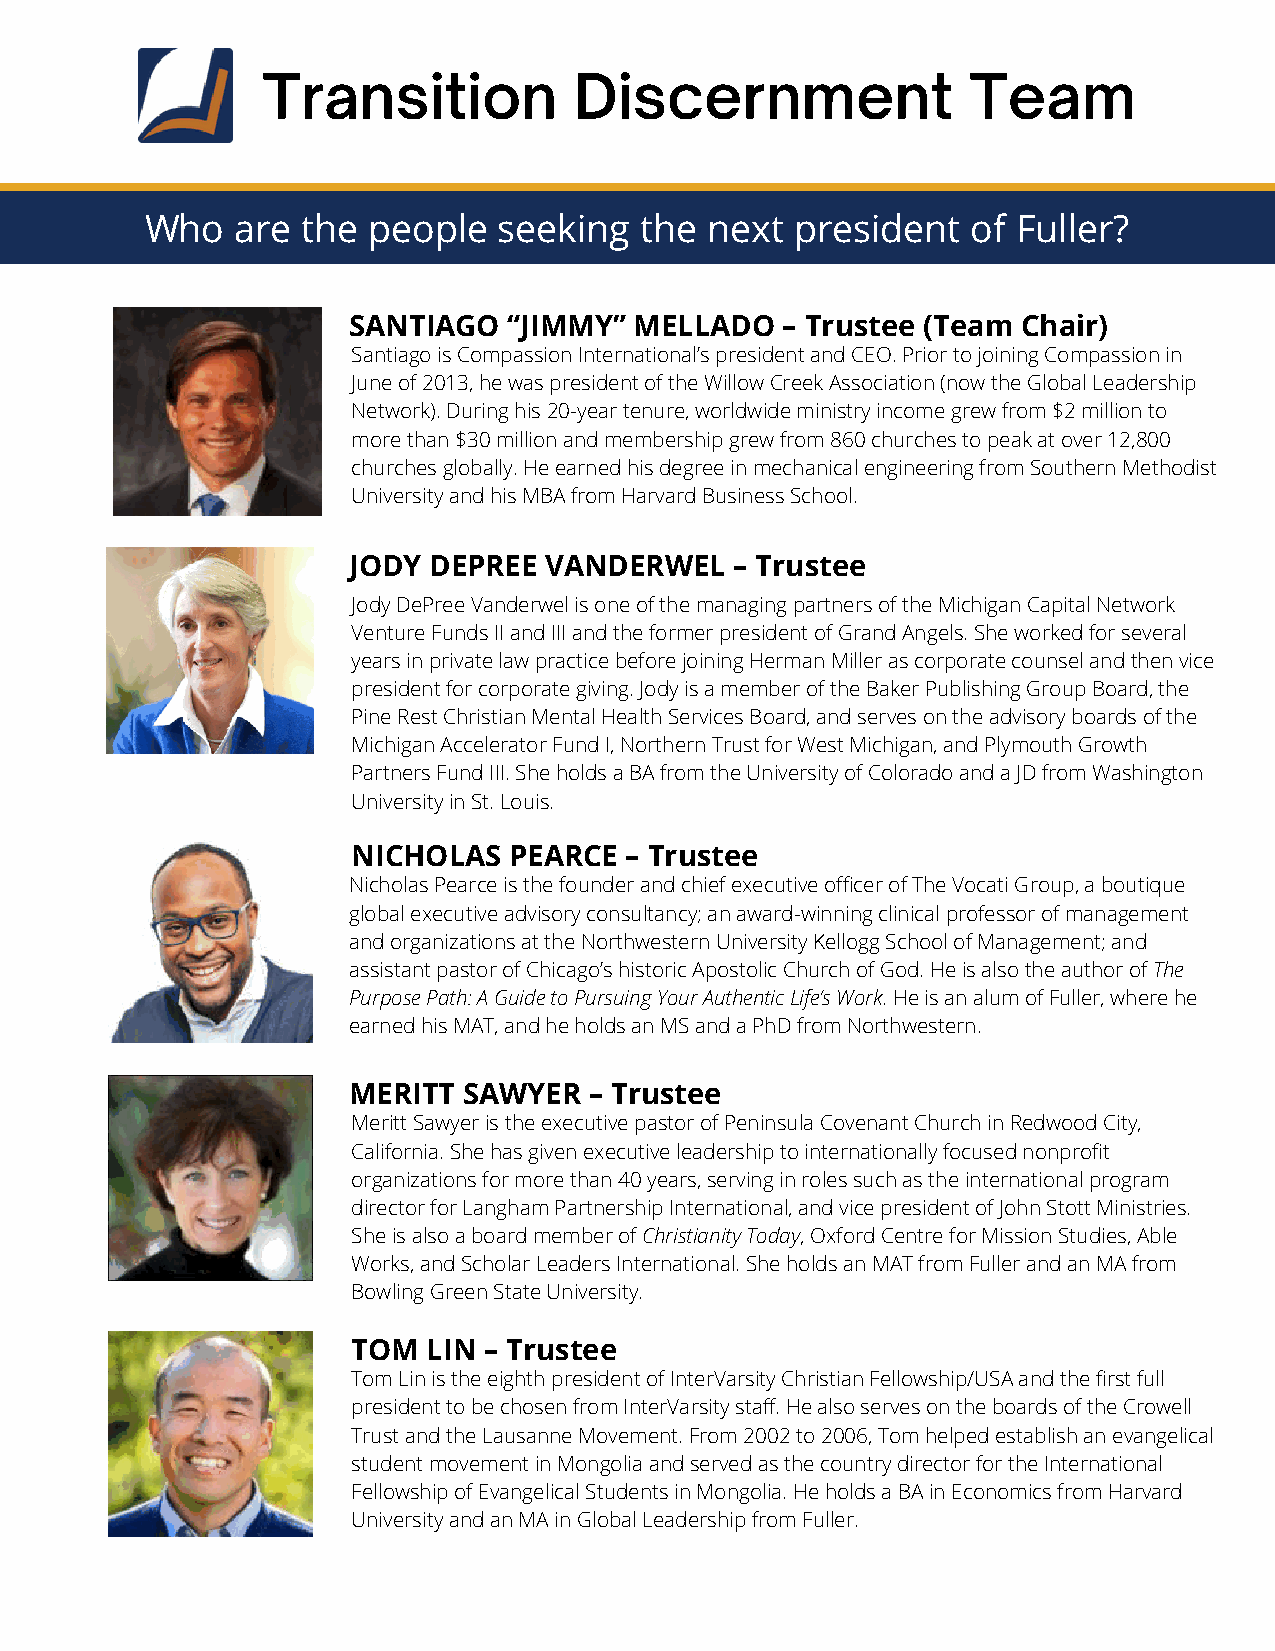
Transition           Discernment               Team
 Who   are the people   seeking  the  next  president  of Fuller?
 SANTIAGO   “JIMMY” MELLADO   – Trustee (Team Chair)
 Santiago is Compassion International’s president and CEO. Prior to joining Compassion in
 June of 2013, he was president of the Willow Creek Association (now the Global Leadership
 Network). During his 20-year tenure, worldwide ministry income grew from $2 million to
 more than $30 million and membership grew from 860 churches to peak at over 12,800
 churches globally. He earned his degree in mechanical engineering from Southern Methodist
 University and his MBA from Harvard Business School.
 JODY DEPREE  VANDERWEL    – Trustee
 Jody DePree Vanderwel is one of the managing partners of the Michigan Capital Network
 Venture Funds II and III and the former president of Grand Angels. She worked for several
 years in private law practice before joining Herman Miller as corporate counsel and then vice
 president for corporate giving. Jody is a member of the Baker Publishing Group Board, the
 Pine Rest Christian Mental Health Services Board, and serves on the advisory boards of the
 Michigan Accelerator Fund I, Northern Trust for West Michigan, and Plymouth Growth
 Partners Fund III. She holds a BA from the University of Colorado and a JD from Washington
 University in St. Louis.
 NICHOLAS   PEARCE – Trustee
 Nicholas Pearce is the founder and chief executive officer of The Vocati Group, a boutique
 global executive advisory consultancy; an award-winning clinical professor of management
 and organizations at the Northwestern University Kellogg School of Management; and
 assistant pastor of Chicago’s historic Apostolic Church of God. He is also the author of The
 Purpose Path: A Guide to Pursuing Your Authentic Life’s Work. He is an alum of Fuller, where he
 earned his MAT, and he holds an MS and a PhD from Northwestern.
 MERITT  SAWYER  – Trustee
 Meritt Sawyer is the executive pastor of Peninsula Covenant Church in Redwood City,
 California. She has given executive leadership to internationally focused nonprofit
 organizations for more than 40 years, serving in roles such as the international program
 director for Langham Partnership International, and vice president of John Stott Ministries.
 She is also a board member of Christianity Today, Oxford Centre for Mission Studies, Able
 Works, and Scholar Leaders International. She holds an MAT from Fuller and an MA from
 Bowling Green State University.
 TOM  LIN – Trustee
 Tom Lin is the eighth president of InterVarsity Christian Fellowship/USA and the first full
 president to be chosen from InterVarsity staff. He also serves on the boards of the Crowell
 Trust and the Lausanne Movement. From 2002 to 2006, Tom helped establish an evangelical
 student movement in Mongolia and served as the country director for the International
 Fellowship of Evangelical Students in Mongolia. He holds a BA in Economics from Harvard
 University and an MA in Global Leadership from Fuller.